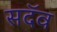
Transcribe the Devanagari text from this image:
सदॅव